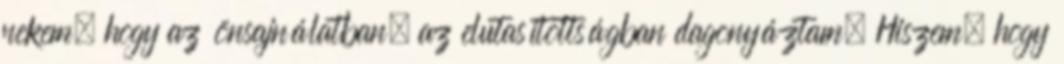
nekem, hogy az önsajnálatban, az elutasítottságban dagonyáztam. Hiszem, hogy